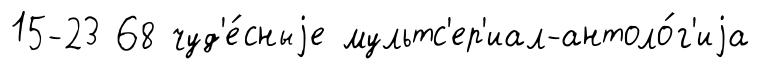
15-23 68 чуд'е́сныjе мультс'ер'иал-антоло́г'иjа